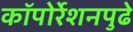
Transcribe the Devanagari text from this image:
कॉपोर्रेशनपुढे